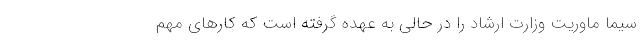
سیما ماوریت وزارت ارشاد را در حالی به عهده گرفته است که کارهای مهم